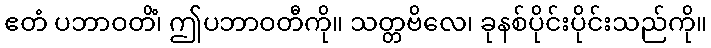
ဧတံ ပဘာဝတိံ၊ ဤပဘာဝတီကို။ သတ္တဗိလေ၊ ခုနစ်ပိုင်းပိုင်းသည်ကို။